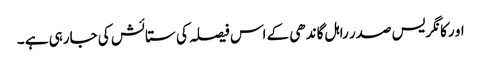
او رکانگریس صدر راہل گاندھی کے اس فیصلہ کی ستائش کی جارہی ہے ۔